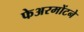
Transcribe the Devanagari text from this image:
फेअरमोंटने